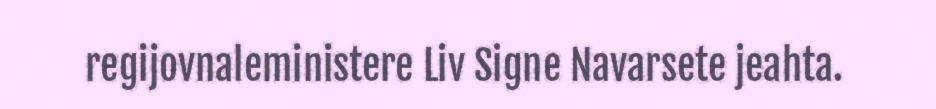
regijovnaleministere Liv Signe Navarsete jeahta.